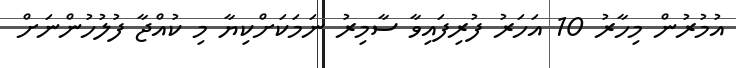
އުމުރުން މިހާރު 10 އަހަރު ފުރިފައިވާ ސާމިރު ނަމަކަށްކިޔާ މި ކުއްޖާ ފުލުހުންނަށް